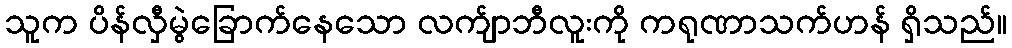
သူက ပိန်လှီမွဲခြောက်နေသော လက်ျာဘီလူးကို ကရုဏာသက်ဟန် ရှိသည်။